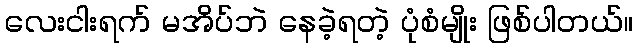
လေးငါးရက် မအိပ်ဘဲ နေခဲ့ရတဲ့ ပုံစံမျိုး ဖြစ်ပါတယ်။